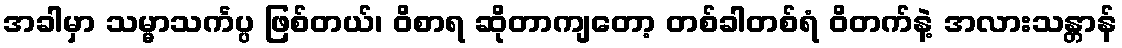
အခါမှာ သမ္မာသင်္ကပ္ပ ဖြစ်တယ်၊ ဝိစာရ ဆိုတာကျတော့ တစ်ခါတစ်ရံ ဝိတက်နဲ့ အလားသန္တာန်